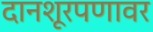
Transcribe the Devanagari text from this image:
दानशूरपणावर